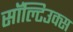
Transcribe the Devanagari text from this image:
सॉल्टिउक्स